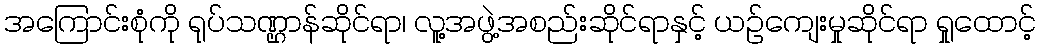
အကြောင်းစုံကို ရုပ်သဏ္ဌာန်ဆိုင်ရာ၊ လူ့အဖွဲ့အစည်းဆိုင်ရာနှင့် ယဉ်ကျေးမှုဆိုင်ရာ ရှုထောင့်